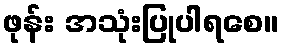
ဖုန်း အသုံးပြုပါရစေ။